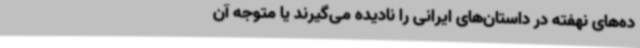
ده‌های نهفته در داستان‌های ایرانی را نادیده می‌گیرند یا متوجه آن